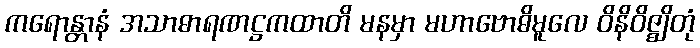
ကရောန္တာနံ အသာဓာရဏဋ္ဌကထာတိ မနမှာ မဟာဗောဓိမူလေ ဝိနိဝိဇ္ဈိတုံ